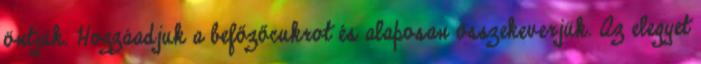
öntjük. Hozzáadjuk a befőzőcukrot és alaposan összekeverjük. Az elegyet